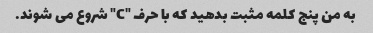
به من پنج کلمه مثبت بدهید که با حرف "C" شروع می شوند.